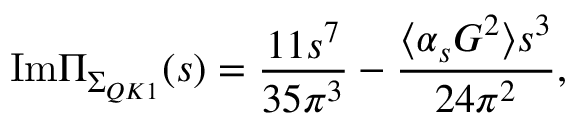
\mathrm { I m } \Pi _ { \Sigma _ { Q K 1 } } ( s ) = { \frac { 1 1 s ^ { 7 } } { 3 5 \pi ^ { 3 } } } - { \frac { \langle \alpha _ { s } G ^ { 2 } \rangle s ^ { 3 } } { 2 4 \pi ^ { 2 } } } ,